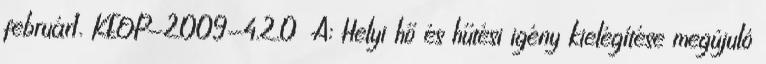
február1. KEOP-2009-4.2.0 A: Helyi hő és hűtési igény kielégítése megújuló